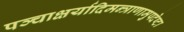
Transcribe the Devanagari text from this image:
पञ्चाक्षर्यादिमन्त्राणामुपदेष्टा